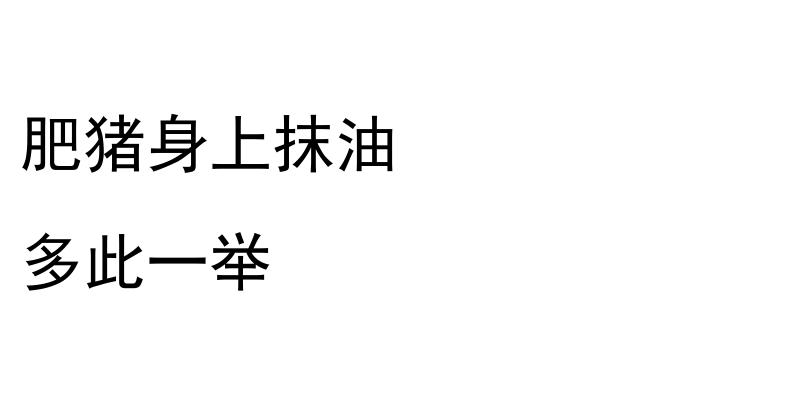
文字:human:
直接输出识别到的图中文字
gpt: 肥猪身上抹油 多此一举